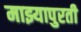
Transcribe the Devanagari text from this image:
माझ्यापुरती